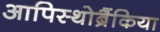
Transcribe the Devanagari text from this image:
आपिस्थोब्रैंकिया